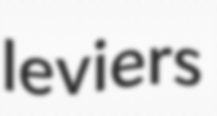
leviers